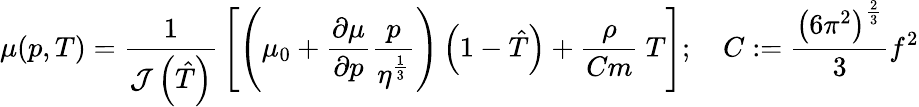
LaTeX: \mu(p,T)={\frac{1}{{\mathcal{J}}\left({\hat{T}}\right)}}\left[\left(\mu_{0}+{\frac{\partial\mu}{\partial p}}{\frac{p}{\eta^{\frac{1}{3}}}}\right)\left(1-{\hat{T}}\right)+{\frac{\rho}{Cm}}~T\right];\quad C:={\frac{\left(6\pi^{2}\right)^{\frac{2}{3}}}{3}}f^{2}